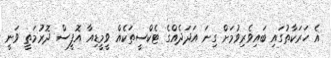
އެ ހަރަކާތުގައި ބައިވެރިވުމަށް ގިނަ އަދަދެއްގެ ޓެކްސީތަކެއް ވީމީޑިއާ އޮފީސް ދޮރުމަތީ ވަނީ